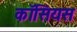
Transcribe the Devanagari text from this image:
कॉसियस